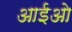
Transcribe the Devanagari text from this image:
आईओ